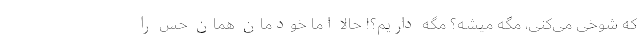
که شوخی می‌کنی، مگه میشه؟ مگه داریم؟! حالا اما خودمان همان حس را